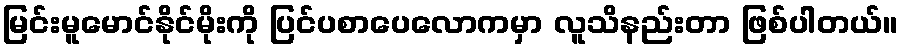
မြင်းမူမောင်နိုင်မိုးကို ပြင်ပစာပေလောကမှာ လူသိနည်းတာ ဖြစ်ပါတယ်။